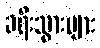
ခရီးသွားများ